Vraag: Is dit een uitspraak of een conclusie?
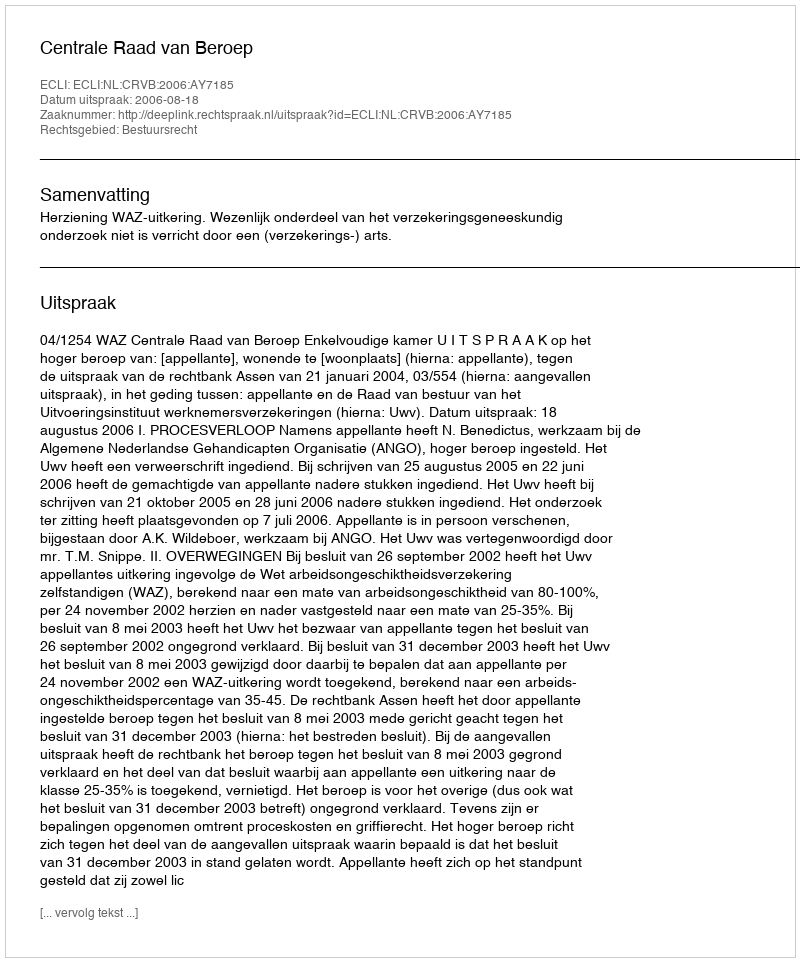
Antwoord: Uitspraak